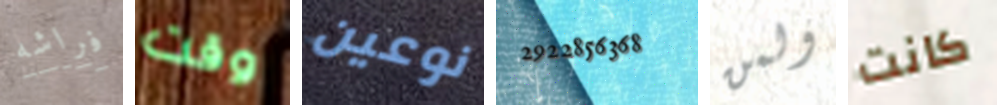
فراشه وقت نوعين 2922856368 ولمن كانت